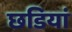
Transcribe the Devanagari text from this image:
छडियां